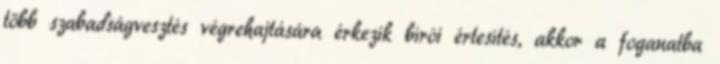
több szabadságvesztés végrehajtására érkezik bírói értesítés, akkor a foganatba